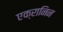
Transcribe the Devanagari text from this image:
एक्रानिन